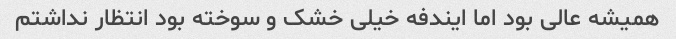
همیشه عالی بود اما ایندفه خیلی خشک و سوخته بود انتظار نداشتم